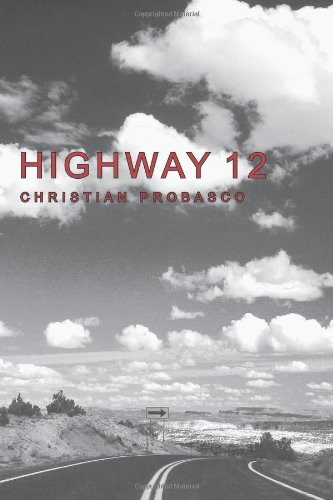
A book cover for Highway 12; Christian Probasco; Travel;